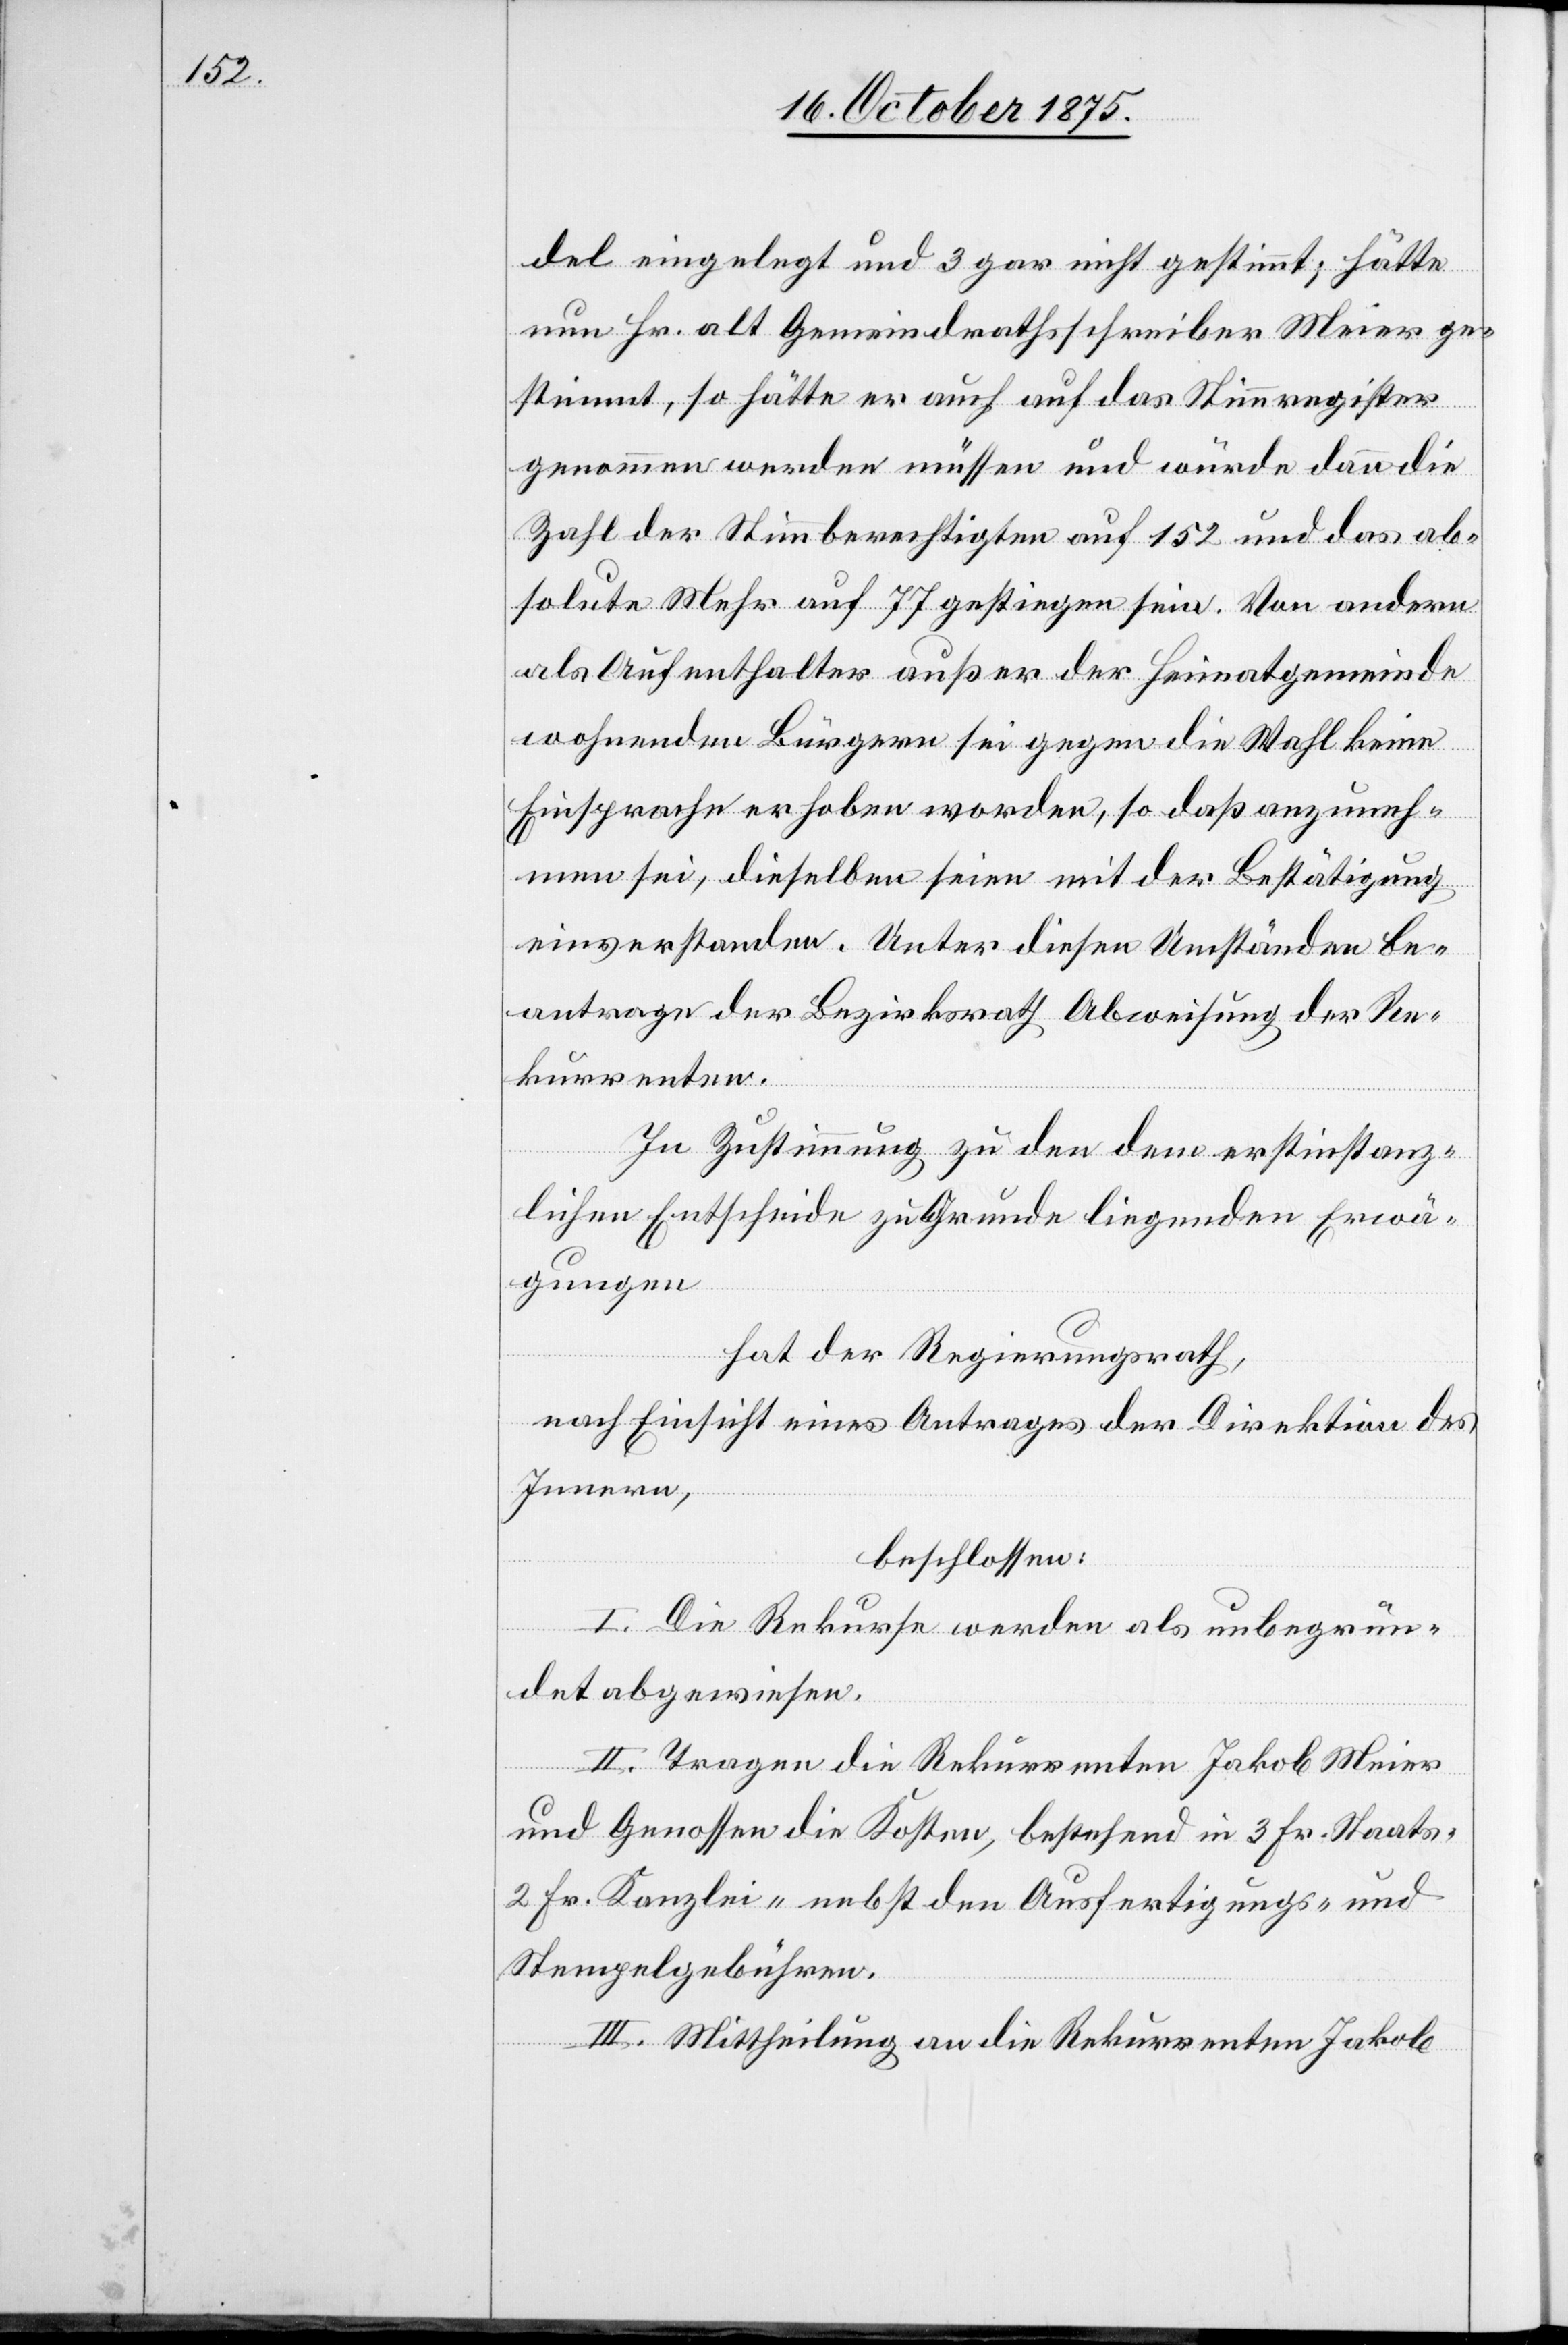
del eingelegt und 3 gar nicht gestimmt; hätte
nun Hr. alt Gemeindrathsschreiber Meier ge¬
stimmt, so hätte er auch auf das Stimmregister
genommen werden müssen und würde dann die
Zahl der Stimmberechtigten auf 152 und das ab¬
solute Mehr auf 77 gestiegen sein. Von andern
als Aufenthalter außer der Heimatgemeinde
wohnenden Bürgern sei gegen die Wahl keine
Einsprache erhoben worden, so daß anzuneh¬
men sei, dieselben seien mit der Bestätigung
einverstanden. Unter diesen Umständen be¬
antrage der Bezirksrath Abweisung der Re¬
kurrenten.
In Zustimmung zu den dem erstinstanz¬
lichen Entscheide zu Grunde liegenden Erwä¬
gungen
hat der Regierungsrath,
nach Einsicht eines Antrages der Direktion des
Innern,
beschlossen:
I. Die Rekurse werden als unbegrün¬
det abgewiesen.
II. Tragen die Rekurrenten Jakob Meier
und Genossen die Kosten, bestehend in 3 Fr. Staats-[,]
2 Fr. Kanzlei- nebst den Ausfertigungs- und
Stempelgebühren.
III. Mittheilung an die Rekurrenten Jakob